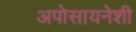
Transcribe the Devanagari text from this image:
अपोसायनेशी